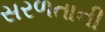
સરળતાની